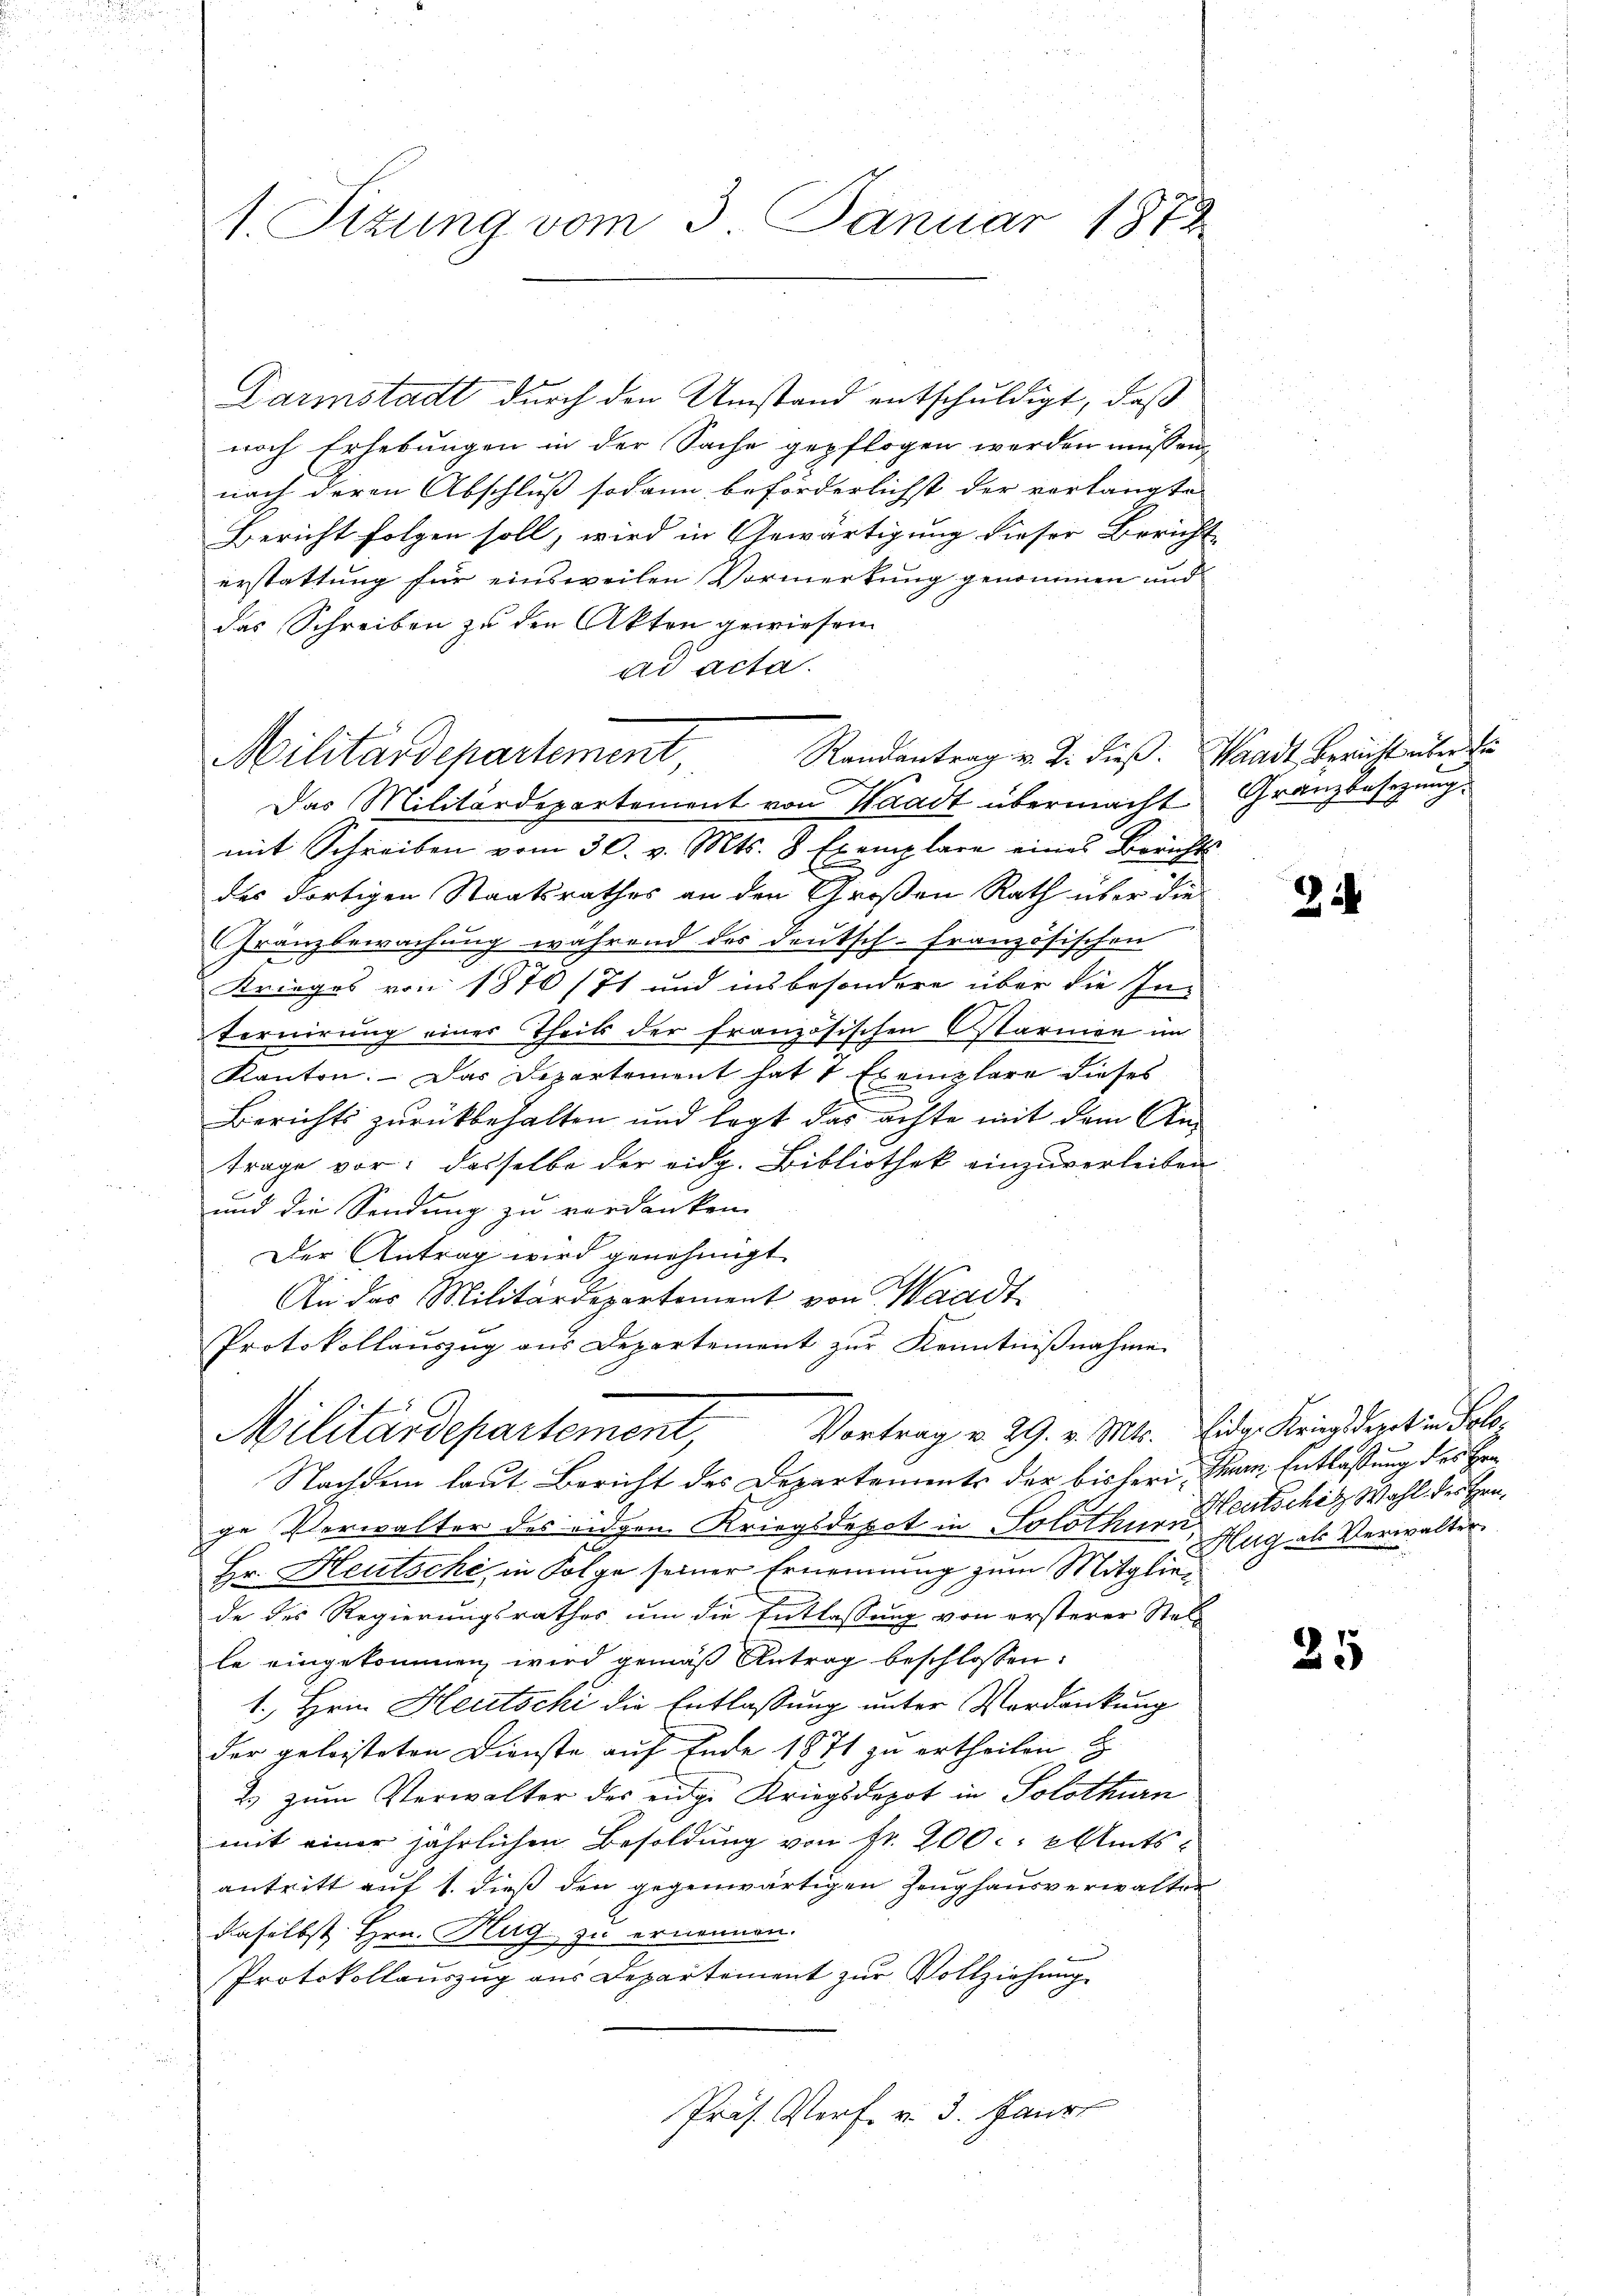
1. Sizung vom 3. Januar 1872

Darmstadt durch den Umstand entschuldigt, daß
nach Erhebungen in der Sache gepflogen werden müssen
nach deren Abschluß sodann beförderlichst der verlangte
Bericht folgen soll, wird in Gewärtigung dieser Bericht
erstattung für einsweilen Vormerkung genommen und
das Schreiben zu den Akten gewiesen
ad acta.
Randantrag v. J. dieß. Waadt, Bericht über die
Militärdepartement,
Das Militärdepartement von Waadt übermacht
mit Schreiben vom 30. v. Mts. 8 Exemplare eines Berichts
des dortigen Staatsrathes an den Großen Rath über die
Gränzbewachung während des deutsch-französischen
Krieges von 1870/71 und insbesondere über die In-
ternirung eines Theils der französischen starmen im
Kanton. — Das Departement hat 1 Exemplare dieses
Berichts zurückbehalten und legt das achte mit dem Antrage vor: dasselbe der eidg. Bibliothek einzuverleiben
und die Sendung zu verdanken.
Der Antrag wird genehmigt
An des Militärdepartement von Waadt
Protokollauszug aus Departement zur Kenntnißnahme
Vortrag v. 29. v. Mts. Eidg. Kriegsdepetin Solo¬
Militärdepartement,
Nachdem laut Bericht des Departements der bisheri, Man Entlaßung des Era
ge Verwalter des eidgen. Kriegsdepot in Solothur deutsche Wahl des Hrn.
Hr. Heutsche, in Folge seiner Ernennung zum Mitglied als Verwalterde des Regierungsrathes um die Entlassung von ersterer Stell
le eingekommen wird gemäß Antrag beschlossen:
1. Hrn. Heutschi die Entlassung unter Verdankung
der geleisteten Dienste auf Ende 1871 zu ertheilen z
2) zum Verwalter des eige Kriegsdepot in Solothurn
mit einer jährlichen Besoldung von Fr. 200. ents
antritt auf 1. dieß den gegenwärtigen Zeughausverwalter
daselbst Hrn. Hug, zu ernennen.
Protokollauszug aus Departement zur Vollziehung
Präs. Verf. v. 3. Janr

Granzbesezung.

2

25